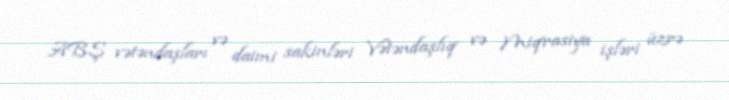
ABŞ vətəndaşları və daimi sakinləri Vətəndaşlıq və Miqrasiya işləri üzrə